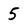
Character: 5